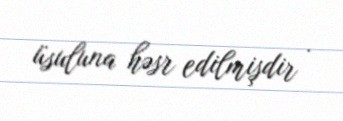
üsuluna həsr edilmişdir .